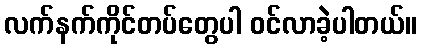
လက်နက်ကိုင်တပ်တွေပါ ဝင်လာခဲ့ပါတယ်။